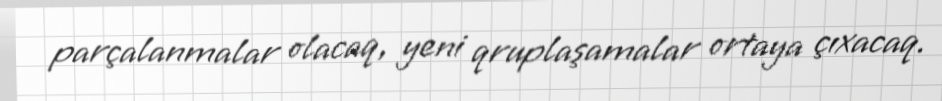
parçalanmalar olacaq, yeni qruplaşamalar ortaya çıxacaq.